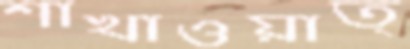
শাখাওয়াত্